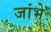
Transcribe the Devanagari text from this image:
जांभे